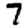
Digit: 7